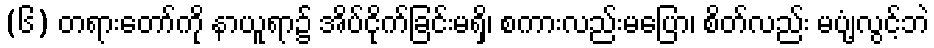
(၆) တရားတော်ကို နာယူရာ၌ အိပ်ငိုက်ခြင်းမရှိ၊ စကားလည်းမပြော၊ စိတ်လည်း မပျံ့လွင့်ဘဲ